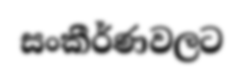
සංකීර්ණවලට